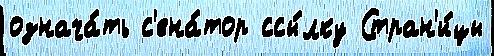
означа́ть с'ена́тор ссы́лку Стран'и́цы